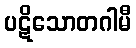
ပဋိသောတဂါမီ